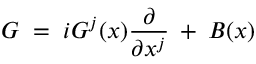
G \; = \; i G ^ { j } ( x ) \frac { \partial } { \partial x ^ { j } } \: + \: B ( x )